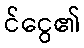
င်ငွေ၏